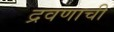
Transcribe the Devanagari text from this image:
द्रवणाची